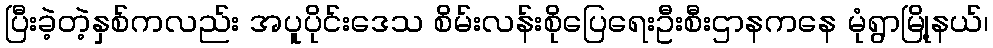
ပြီးခဲ့တဲ့နှစ်ကလည်း အပူပိုင်းဒေသ စိမ်းလန်းစိုပြေရေးဦးစီးဌာနကနေ မုံရွာမြို့နယ်၊